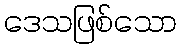
ဒေသဖြစ်သော